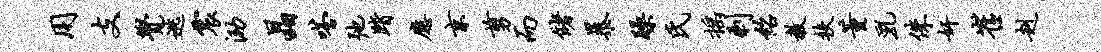
用支觉逃震泐晶嗒弛踏应京剪而储暴躁氏摇剩绍教扶董乳侏奸崔赳